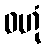
ဝဟုံ